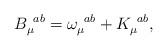
LaTeX: \begin{align*}B_{\mu }^{\,\,\,ab}=\omega _{\mu }^{\,\,\,ab}+K_{\mu }^{\,\,\,ab}, \end{align*}